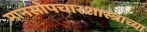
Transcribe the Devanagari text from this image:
मानसोपचारशास्त्राच्या